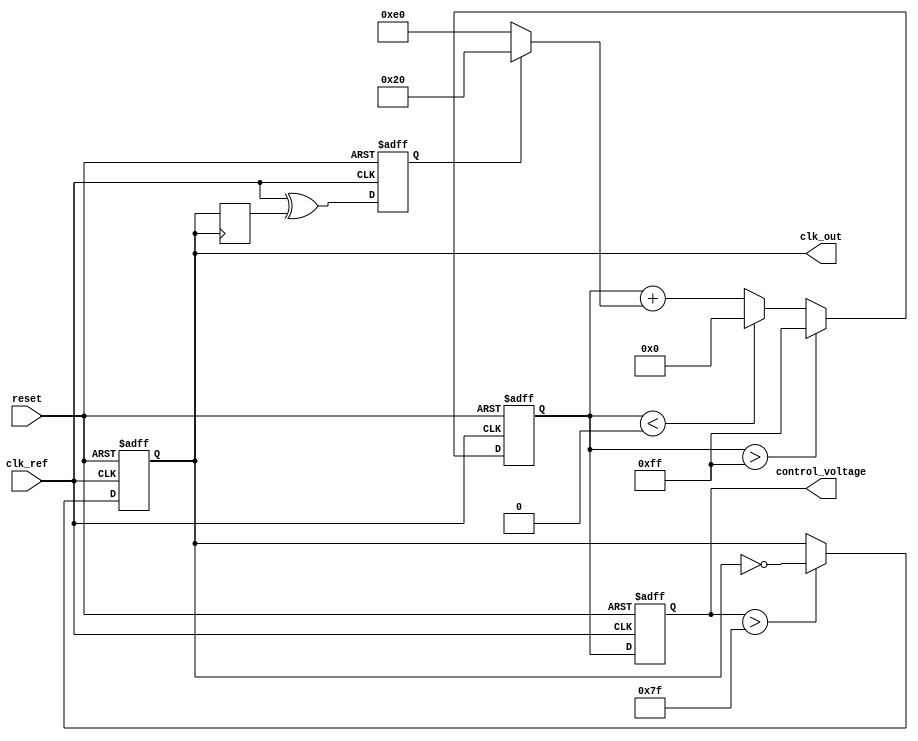
module PLL (
    input wire clk_ref,         // Reference Clock
    input wire reset,           // Reset Signal
    output reg clk_out,         // Output Clock
    output reg [7:0] control_voltage // Control voltage for VCO (8-bit)
);

// Parameters
parameter VCO_MAX = 255;       // Maximum control voltage
parameter VCO_MIN = 0;         // Minimum control voltage
parameter LOCK_THRESHOLD = 2;  // Phase error threshold for locking
parameter FILTER_COEF = 32;    // Loop filter coefficient

// Internal Signals
reg phase_err;                 // Phase error signal
reg vco_feedback;              // VCO feedback signal
reg [7:0] loop_filter_output;  // Loop filter output

// Phase Detector
always @(posedge clk_ref or posedge reset) begin
    if (reset) begin
        phase_err <= 0;
    end else begin
        // Simple phase comparison
        // Assume phase_err = clk_ref - vco_feedback (0 or 1)
        phase_err <= clk_ref ^ vco_feedback; // XOR for simplicity
    end
end

// Loop Filter
always @(posedge clk_ref or posedge reset) begin
    if (reset) begin
        loop_filter_output <= 0;
    end else begin
        // Simple first-order filter
        loop_filter_output <= loop_filter_output + (phase_err ? FILTER_COEF : -FILTER_COEF);
        if (loop_filter_output > VCO_MAX) loop_filter_output <= VCO_MAX;
        else if (loop_filter_output < VCO_MIN) loop_filter_output <= VCO_MIN;
    end
end

// Voltage-Controlled Oscillator
always @(posedge clk_ref or posedge reset) begin
    if (reset) begin
        control_voltage <= VCO_MIN;
        clk_out <= 0;
    end else begin
        // Control voltage to output frequency mapping
        control_voltage <= loop_filter_output;
        
        // Generate clock output signal based on control voltage
        // Dummy frequency division for the output clock
        if (control_voltage > (VCO_MAX / 2)) begin
            clk_out <= ~clk_out; // Generate output clock with a toggle
        end
    end
end

// Feedback Path
always @(posedge clk_out) begin
    vco_feedback <= clk_out; // Feedback the output clock to the phase detector
end

endmodule